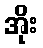
အိုး